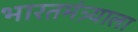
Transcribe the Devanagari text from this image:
भारतमंत्र्याला